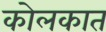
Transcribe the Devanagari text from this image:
कोलकात